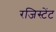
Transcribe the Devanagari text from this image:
रजिस्टेंट